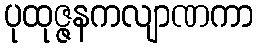
ပုထုဇ္ဇနကလျာဏကာ